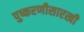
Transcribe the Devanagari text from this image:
पुष्करणीसारखी